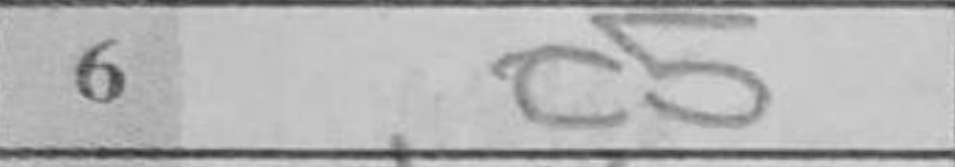
Transcription: c5